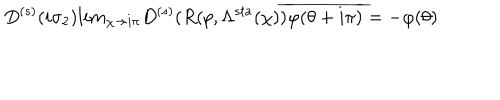
D ^ { ( s ) } ( i \sigma _ { 2 } ) l i m _ { \chi \rightarrow i \pi } D ^ { ( s ) } ( R ( p , \Lambda ^ { s t a } ( \chi ) ) \overline { { { \varphi ( \theta + i \pi ) } } } = - \varphi ( \theta )